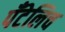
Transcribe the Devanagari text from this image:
पँटेलिच